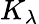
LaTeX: K_{\lambda}